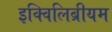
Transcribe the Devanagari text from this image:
इक्विलिब्रीयम